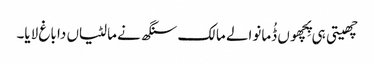
چھیتی ہی پِچھوں ڈُمانوالے مالک سنگھ نے مالٹیاں دا باغ لایا۔